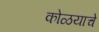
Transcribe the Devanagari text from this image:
कोळयाचे